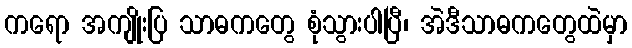
ကရော အကျိုးပြ သာဓကတွေ စုံသွားပါပြီ၊ အဲဒီသာဓကတွေထဲမှာ